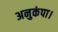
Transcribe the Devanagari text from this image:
अनुकंपा।